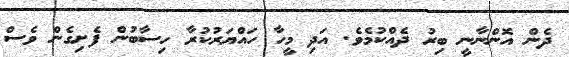
ދެން އޮންނާނީ ބިރު ދެއްކުމެވެ. އަދި މީހާ ހައްޔަރުކުރާ ހިސާބުން ފެށިގެން ވެސް